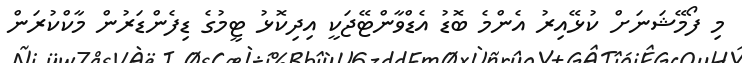
މި ފޯމޭޝަނަށް ކުޅޭއިރު އެންމެ ބޮޑު އެޑްވާންޓޭޖަކީ އިދިކޮޅު ޓީމުގެ ޑިފެންޑަރުން މާކްކުރަން